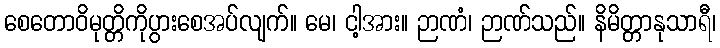
စေတောဝိမုတ္တိကိုပွားစေအပ်လျက်။ မေ၊ ငါ့အား။ ဉာဏံ၊ ဉာဏ်သည်။ နိမိတ္တာနုသာရီ၊